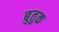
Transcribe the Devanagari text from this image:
बुतुक